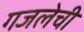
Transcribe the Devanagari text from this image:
गजलेची